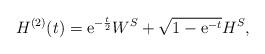
LaTeX: \begin{align*}H^{(2)}(t)=\mathrm{e}^{-\frac{t}{2}}W^{S} +\sqrt{1-\mathrm{e}^{-t}} H^{S},\end{align*}